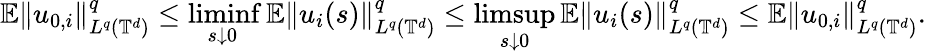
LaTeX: {\mathbb E}\| u_{0,i}\| _{L^{q}({\mathbb T}^{d})}^{q}\leq\operatorname*{liminf}_{s\downarrow 0}{\mathbb E}\| u_{i}(s)\| _{L^{q}({\mathbb T}^{d})}^{q}\leq\operatorname*{limsup}_{s\downarrow 0}{\mathbb E}\| u_{i}(s)\| _{L^{q}({\mathbb T}^{d})}^{q}\leq{\mathbb E}\| u_{0,i}\| _{L^{q}({\mathbb T}^{d})}^{q}.